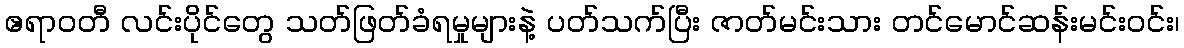
ဧရာဝတီ လင်းပိုင်တွေ သတ်ဖြတ်ခံရမှုများနဲ့ ပတ်သက်ပြီး ဇာတ်မင်းသား တင်မောင်ဆန်းမင်းဝင်း၊